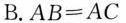
B.$$A B = A C$$